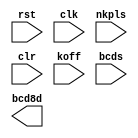
`timescale 1ns / 1ps
//////////////////////////////////////////////////////////////////////////////////
// Company: 
// Engineer: 
// 
// Design Name: 
// Module Name: disp_data_gen
// Project Name: 
// Target Devices: 
// Tool Versions: 
// Description: 
// 
// Dependencies: 
// 
// Revision:
// Revision 0.01 - File Created
// Additional Comments:
// 
//////////////////////////////////////////////////////////////////////////////////


module disp_data_gen(
input           rst,
input           clk,
input           nkpls,
input           clr,
input           koff,
input           [3:0] bcds,
output          [31:0] bcd8d
);

reg pl0, pl1;
reg [3:0] bcd0, bcd1, bcd2, bcd3, bcd4, bcd5, bcd6, bcd7;

//------------------SHFIT FOR NKPLS EDGE DETECT 
always@(negedge rst, posedge clk)
    if(rst == 0)
        begin 
            pl0 <= 0;
            pl1 <= 0;
        end 
    else
        begin   
            pl0 <= nkpls;
            pl1 <= pl0;
        end 
        
//-----------------BCD SHIFT REGISTER 
always@(negedge rst, posedge clk)
    if(rst == 0)
        begin   
            bcd0 <= 4'hf; bcd1 <= 4'hf; bcd2 <= 4'hf; bcd3 <= 4'hf;
            bcd4 <= 4'hf; bcd5 <= 4'hf; bcd6 <= 4'hf; bcd7 <= 4'hf;
        end 
    else
        if(clr == 1 )
            begin   
                bcd0 <= 4'hf; bcd1 <= 4'hf; bcd2 <= 4'hf; bcd3 <= 4'hf;
                bcd4 <= 4'hf; bcd5 <= 4'hf; bcd6 <= 4'hf; bcd7 <= 4'hf;
            end 
        else if((~pl0 & pl1) ==1)   //FALLING EDGE 0F NKPLS
            if((koff == 0) && (bcds < 10))
                begin 
                    bcd0 <= bcds; bcd1 <= bcd0; bcd2 <= bcd1; bcd3 <= bcd2;
                    bcd4 <= bcd3; bcd5 <= bcd4; bcd6 <= bcd5; bcd7 <= bcd6;
                end 
endmodule